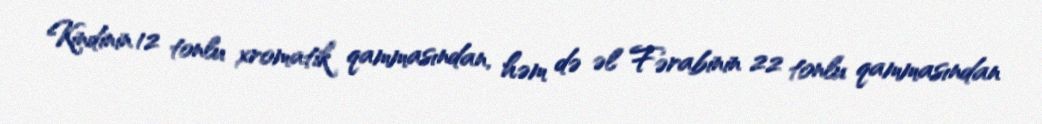
Kindinin 12 tonlu xromatik qammasından, həm də əl Fərabinin 22 tonlu qammasından